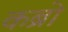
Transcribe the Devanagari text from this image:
कब्रो